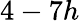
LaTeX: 4-7h